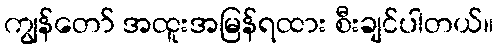
ကျွန်တော် အထူးအမြန်ရထား စီးချင်ပါတယ်။